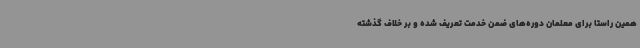
همین راستا برای معلمان دوره‌های ضمن خدمت تعریف شده و بر خلاف گذشته